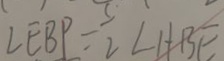
\angle E B P = \frac { 3 } { 2 } \angle H B E